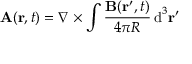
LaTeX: \mathbf { A } ( \mathbf { r } , t ) = \nabla \times \int { \frac { \mathbf { B } ( \mathbf { r } ^ { \prime } , t ) } { 4 \pi R } } \operatorname { d } ^ { 3 } \! \mathbf { r } ^ { \prime }